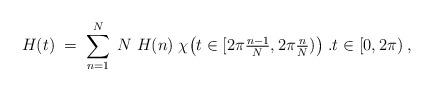
LaTeX: \begin{align*}H(t)\;=\;\sum_{n=1}^N\;N\;H(n)\;\chi\big(t\in [2\pi\tfrac{n-1}{N},2\pi\tfrac{n}{N})\big)\;.t\in[0,2\pi)\;,\end{align*}